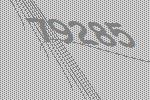
79285